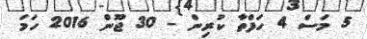
5 މަސް 4 ހަފްތާ ކުރިން - 30 ޖޫން 2016 ހަމަ